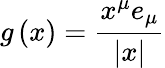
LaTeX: g\left(x\right)=\frac{x^{\mu}e_{\mu}}{\left|x\right|}